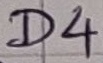
Text: D4